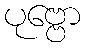
ပုဗ္ဗော